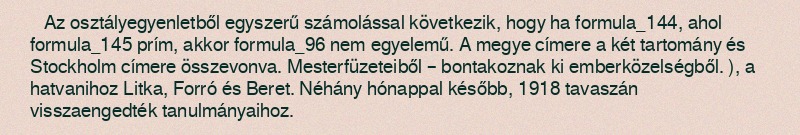
Az osztályegyenletből egyszerű számolással következik, hogy ha formula_144, ahol formula_145 prím, akkor formula_96 nem egyelemű. A megye címere a két tartomány és Stockholm címere összevonva. Mesterfüzeteiből – bontakoznak ki emberközelségből. ), a hatvanihoz Litka, Forró és Beret. Néhány hónappal később, 1918 tavaszán visszaengedték tanulmányaihoz.